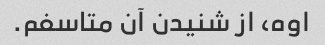
اوه، از شنیدن آن متاسفم.